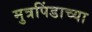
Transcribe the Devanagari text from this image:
मुत्रपिंडाच्या